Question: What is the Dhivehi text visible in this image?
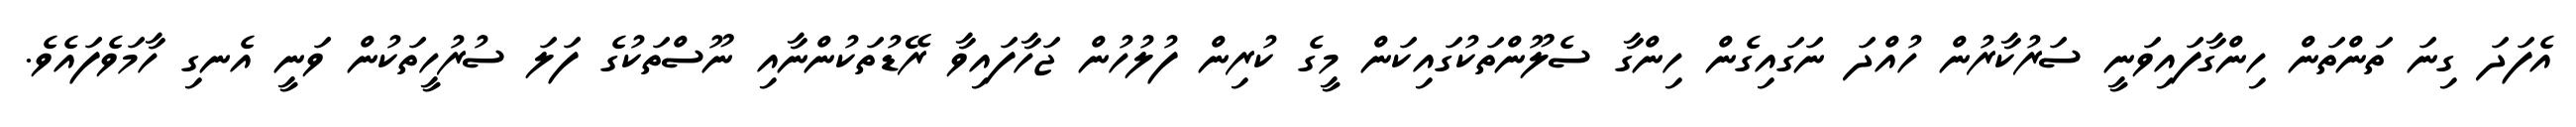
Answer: އެފަދަ ގިނަ ތަންތަން ހިންގާފައިވަނީ ސަރުކާރުން ހުއްދަ ނަގައިގެން ހިންގާ ސެލޫންތަކުގައިކަން މީގެ ކުރިން ފުލުހުން ޖަހާފައިވާ ރޭޑުތަކުންނާއި ނޫސްތަކުގެ ފަލަ ސުރުހީތަކުން ވަނީ އެނގި ހާމަވެފައެވެ.